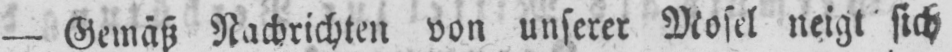
- Gemäß Nachrichten von unserer Mosel neigt sich